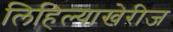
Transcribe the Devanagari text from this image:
लिहिल्याखेरीज